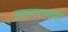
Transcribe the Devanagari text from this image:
इकहत्तरवां